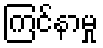
ကြင်နာမှု